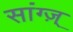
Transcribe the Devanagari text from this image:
सांग्ज़्‌